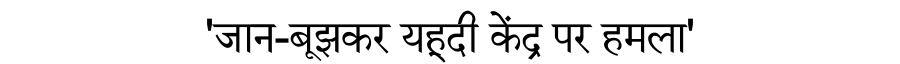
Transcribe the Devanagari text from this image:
'जान-बूझकर यहूदी केंद्र पर हमला'